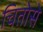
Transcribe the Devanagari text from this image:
चितोसे